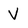
Character: V